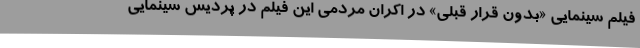
فیلم سینمایی «بدون قرار قبلی» در اکران مردمی این فیلم در پردیس سینمایی